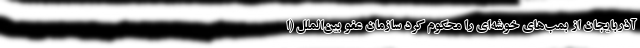
آذربایجان از بمب‌های خوشه‌ای را محکوم کرد سازمان عفو بین‌الملل (ا